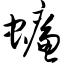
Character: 蠊